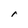
Character: r